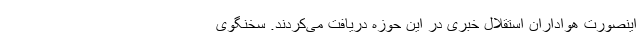
اینصورت هواداران استقلال خبری در این حوزه دریافت می‌کردند. سخنگوی